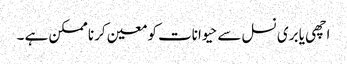
اچھی یا بری نسل سے حیوانات کو معین کرنا ممکن ہے ۔